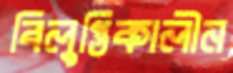
বিলুপ্তিকালীন